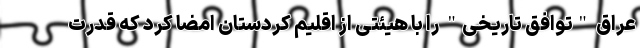
عراق "توافق تاریخی" را با هیئتی از اقلیم کردستان امضا کرد که قدرت